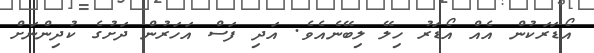
އޯޑަރަކުން އެއް އޯޑަރު ހިލޭ ލިބޭނެއެވެ. އަދި ފަސް އަހަރުން ދަށުގެ ކުދިންނަށް